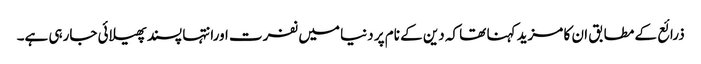
ذرائع کے مطابق ان کا مزید کہنا تھا کہ دین کے نام پر دنیا میں نفرت اورانتہا پسند پھیلائی جارہی ہے۔